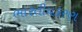
ભારતીયકરણ